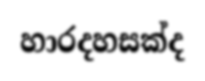
හාරදහසක්ද